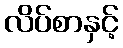
လိပ်စာနှင့်